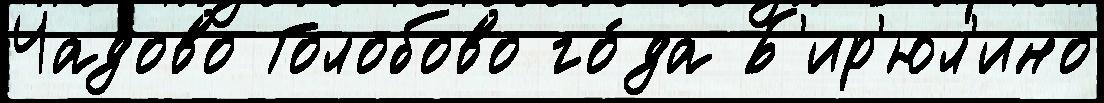
Чадово Голобово го́да Б'ир'юл'ино